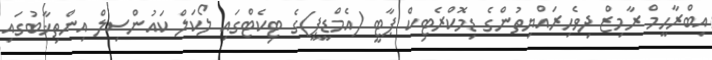
އިބްރާހީމް ރާމިޒް ދިވެހިރައްޔިތުންގެ ޑިމޮކްރެޓިކް ޕާޓީ (އެމްޑީޕީ)ގެ ޓިކެޓްގައި ލޯކަލް ކައުންސިލް އިންތިޚާބުގައި